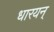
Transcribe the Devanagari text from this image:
धारयन्